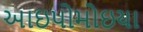
આઇપોમોઇયા